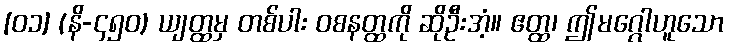
[၀၁] (နိ-၄၅၀) ယျတ္ထမှ တစ်ပါး ဝစနတ္ထကို ဆိုဦးအံ့။ ဧတ္ထ၊ ဤမဂ္ဂေါဟူသော